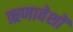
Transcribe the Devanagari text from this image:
ऋणावेशों